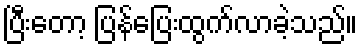
ပြီးတော့ ပြန်ပြေးထွက်လာခဲ့သည်။